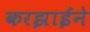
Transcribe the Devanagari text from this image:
करझाईंने